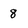
Character: 8